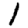
Digit: 1